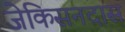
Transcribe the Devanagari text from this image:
जेकिसनदास